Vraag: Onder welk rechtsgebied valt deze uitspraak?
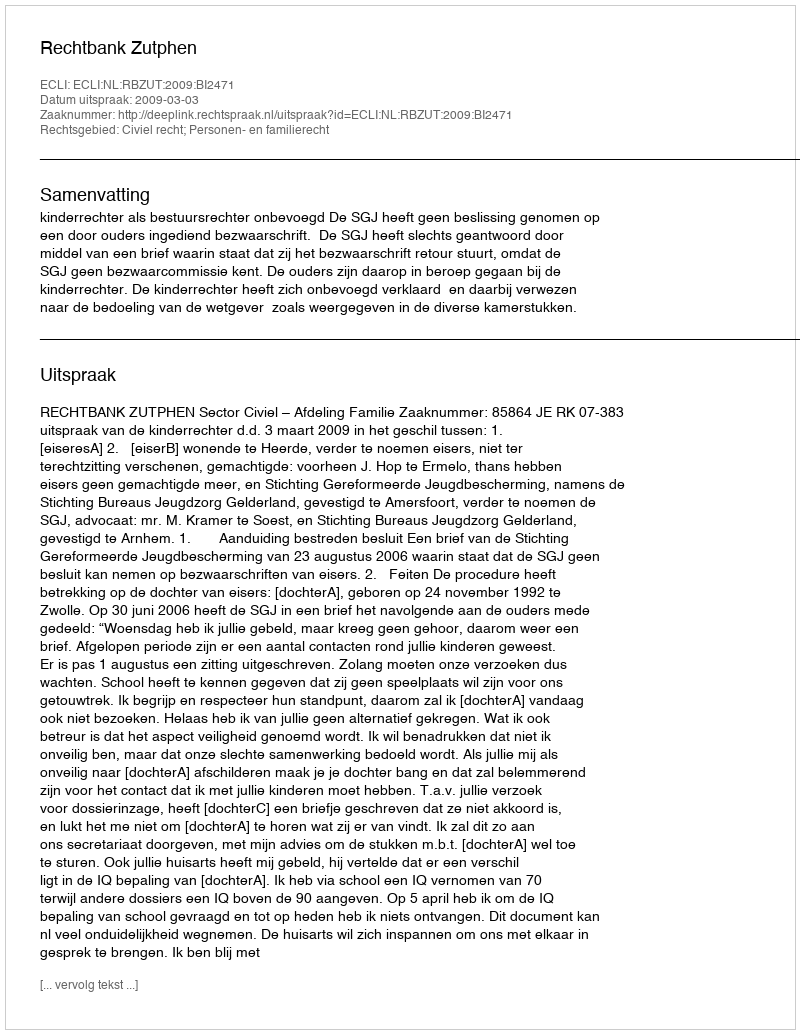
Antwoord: Civiel recht; Personen- en familierecht